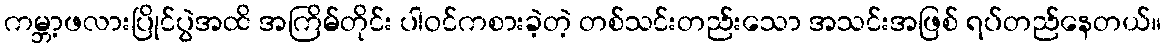
ကမ္ဘာ့ဖလားပြိုင်ပွဲအထိ အကြိမ်တိုင်း ပါဝင်ကစားခဲ့တဲ့ တစ်သင်းတည်းသော အသင်းအဖြစ် ရပ်တည်နေတယ်။